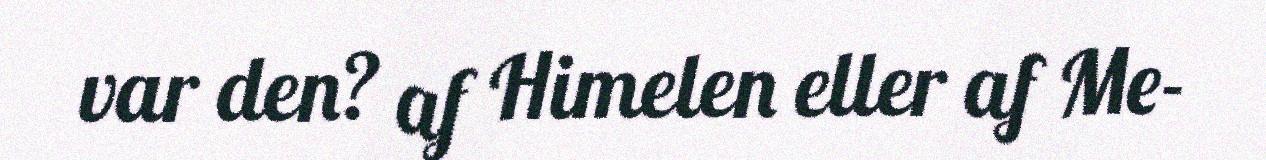
var den? af Himelen eller af Me-